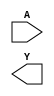
module sky130_fd_sc_hd__inv (
    //# {{data|Data Signals}}
    input  A,
    output Y
);

    // Voltage supply signals
    supply1 VPWR;
    supply0 VGND;
    supply1 VPB ;
    supply0 VNB ;

endmodule